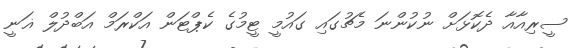
ސީރިއާއާ ދެކޮޅަށް ނުކުންނަ މެޗުގައި ގައުމީ ޓީމުގެ ކެޕްޓަން އަކްރަމް އަބްދުލް ޣަނީ